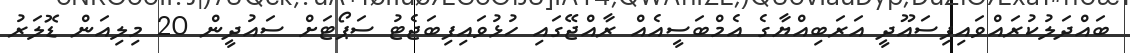
ބައްދަލުކުރައްވައިފިސައޫދީ އަރަބިއްޔާގެ އެމްބަސީއެއް ރާއްޖޭގައި ހުޅުވައިފިބަޖެޓު ސަޕޯޓަށް ސައުދީން 20 މިލިއަން ޑޮލަރު